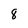
Character: 8